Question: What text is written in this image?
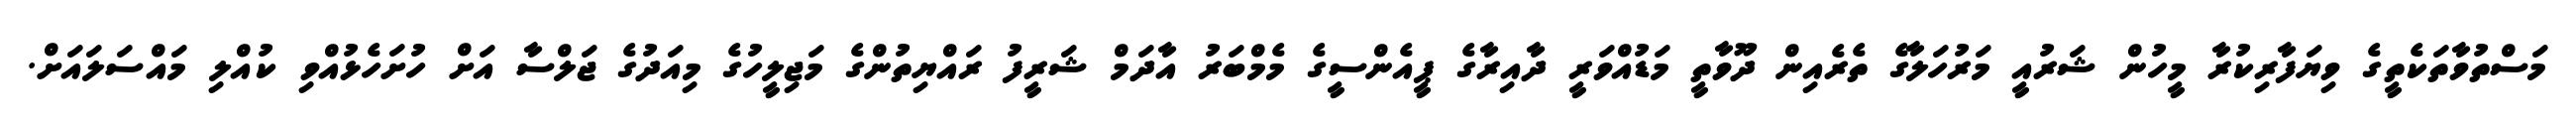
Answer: މަސްތުވާތަކެތީގެ ވިޔަފާރިކުރާ މީހުން ޝަރުއީ މަރުހަލާގެ ތެރެއިން ދޫވާތީ މަޑުއްވަރީ ދާއިރާގެ ޕީއެންސީގެ މެމްބަރު އާދަމް ޝަރީފު ރައްޔިތުންގެ މަޖިލީހުގެ މިއަދުގެ ޖަލްސާ އަށް ހުށަހެޅުއްވި ކުއްލި މައްސަލައަށް.